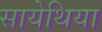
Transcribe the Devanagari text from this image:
सायेथिया